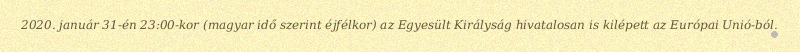
2020. január 31-én 23:00-kor (magyar idő szerint éjfélkor) az Egyesült Királyság hivatalosan is kilépett az Európai Unió-ból.